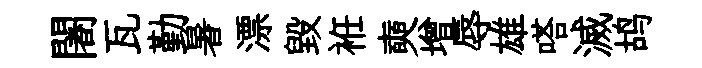
闍瓦勤暑漂毀袵奭增辱雄嗒滅鸪